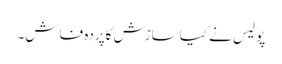
پولیس نے کیاسازش کاپردہ فاش۔